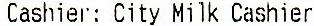
CASHIER: CITY MILK CASHIER